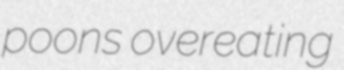
poons overeating